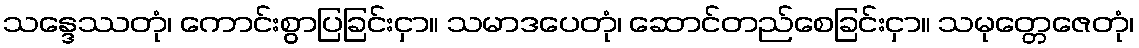
သန္ဒေဿတုံ၊ ကောင်းစွာပြခြင်းငှာ။ သမာဒပေတုံ၊ ဆောင်တည်စေခြင်းငှာ။ သမုတ္တေဇေတုံ၊